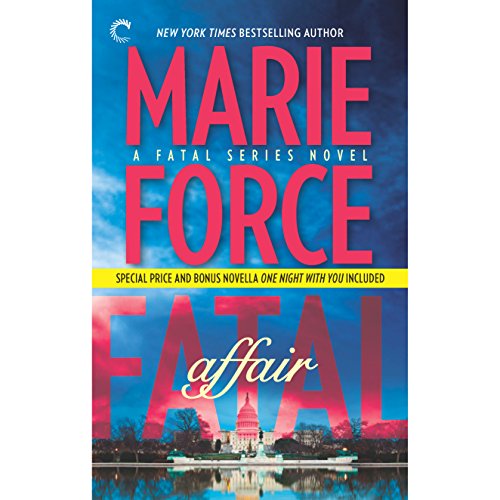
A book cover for Fatal Affair; Marie Force; Romance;